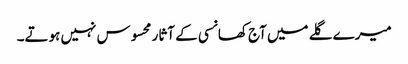
میرے گلے میں آج کھانسی کے آثار محسوس نہیں ہوتے۔